Lunatic asylums Bombay report 1891-1903 - 1891-1903
Year: 1891
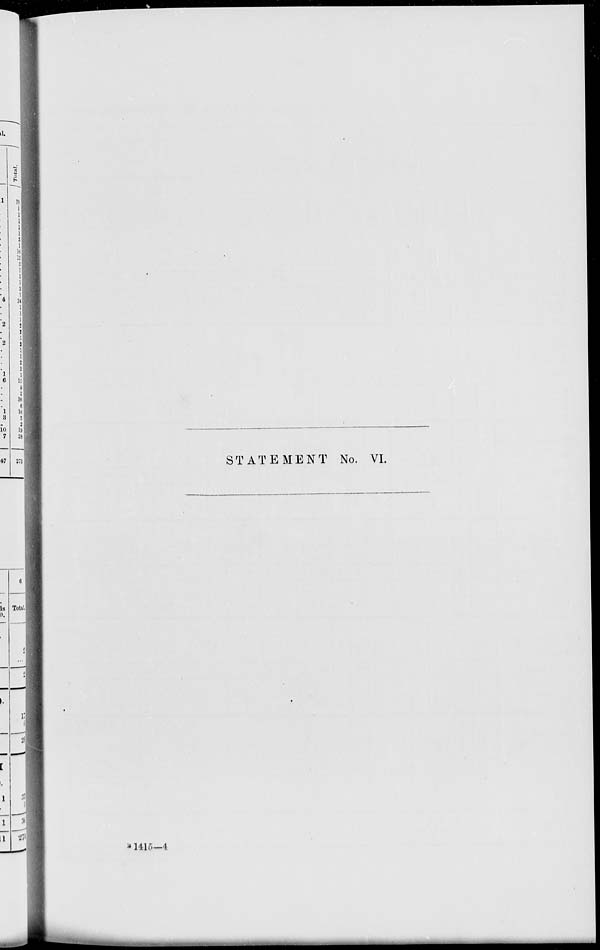
STATEMENT No. VI.
B 1415-4